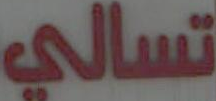
تسالي